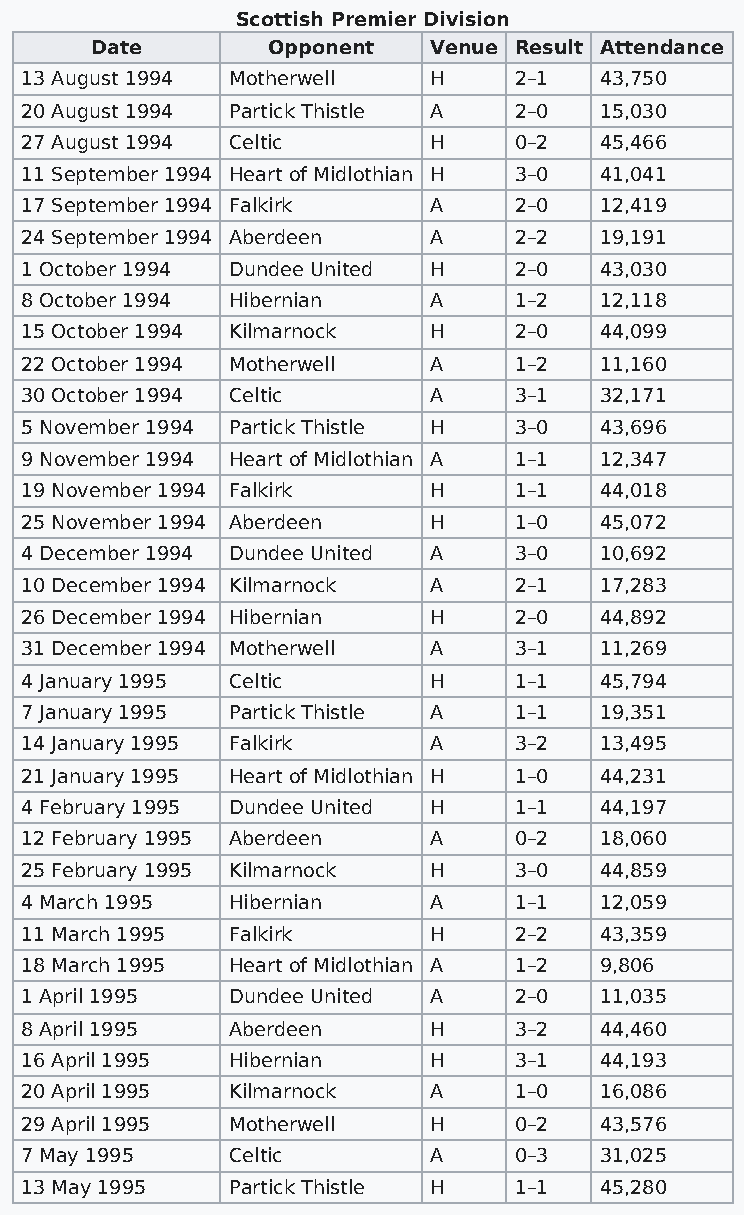
Scottish Premier Division
 Date        Opponent  Venue Result Attendance
 13 August 1994 Motherwell  H     2–1   43,750
 20 August 1994 Partick Thistle A 2–0   15,030
 27 August 1994 Celtic      H     0–2   45,466
 11 September 1994 Heart of Midlothian H 3–0 41,041
 17 September 1994 Falkirk  A     2–0   12,419
 24 September 1994 Aberdeen A     2–2   19,191
 1 October 1994 Dundee United H   2–0   43,030
 8 October 1994 Hibernian   A     1–2   12,118
 15 October 1994 Kilmarnock H     2–0   44,099
 22 October 1994 Motherwell A     1–2   11,160
 30 October 1994 Celtic     A     3–1   32,171
 5 November 1994 Partick Thistle H 3–0  43,696
 9 November 1994 Heart of Midlothian A 1–1 12,347
 19 November 1994 Falkirk   H     1–1   44,018
 25 November 1994 Aberdeen  H     1–0   45,072
 4 December 1994 Dundee United A  3–0   10,692
 10 December 1994 Kilmarnock A    2–1   17,283
 26 December 1994 Hibernian H     2–0   44,892
 31 December 1994 Motherwell A    3–1   11,269
 4 January 1995 Celtic      H     1–1   45,794
 7 January 1995 Partick Thistle A 1–1   19,351
 14 January 1995 Falkirk    A     3–2   13,495
 21 January 1995 Heart of Midlothian H 1–0 44,231
 4 February 1995 Dundee United H  1–1   44,197
 12 February 1995 Aberdeen  A     0–2   18,060
 25 February 1995 Kilmarnock H    3–0   44,859
 4 March 1995  Hibernian    A     1–1   12,059
 11 March 1995 Falkirk      H     2–2   43,359
 18 March 1995 Heart of Midlothian A 1–2 9,806
 1 April 1995  Dundee United A    2–0   11,035
 8 April 1995  Aberdeen     H     3–2   44,460
 16 April 1995 Hibernian    H     3–1   44,193
 20 April 1995 Kilmarnock   A     1–0   16,086
 29 April 1995 Motherwell   H     0–2   43,576
 7 May 1995    Celtic       A     0–3   31,025
 13 May 1995   Partick Thistle H  1–1   45,280